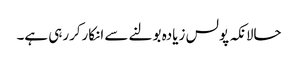
حالانکہ پولس زیادہ بولنے سے انکارکررہی ہے۔